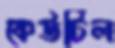
কেউটিল